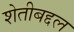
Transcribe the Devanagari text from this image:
शेतीबद्दल